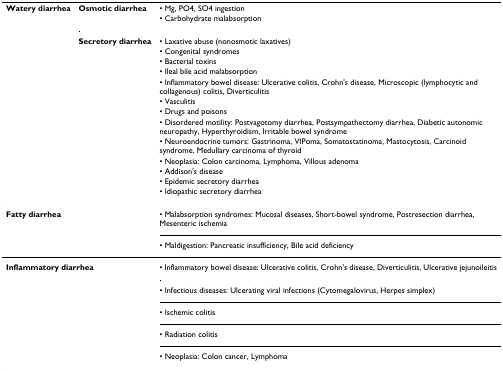
| Watery diarrhea | Osmotic diarrhea | • Mg, PO4, SO4 ingestion |
 |  |  | • Carbohydrate malabsorption |
 |  | Secretory diarrhea | • Laxative abuse (nonosmotic laxatives) |
 |  |  | • Congenital syndromes |
 |  |  | • Bacterial toxins |
 |  |  | • Ileal bile acid malabsorption |
 |  |  | • Inflammatory bowel disease: Ulcerative colitis, Crohn's disease, Microscopic (lymphocytic and collagenous) colitis, Diverticulitis |
 |  |  | • Vasculitis |
 |  |  | • Drugs and poisons |
 |  |  | • Disordered motility: Postvagotomy diarrhea, Postsympathectomy diarrhea, Diabetic autonomic neuropathy, Hyperthyroidism, Irritable bowel syndrome |
 |  |  | • Neuroendocrine tumors: Gastrinoma, VIPoma, Somatostatinoma, Mastocytosis, Carcinoid syndrome, Medullary carcinoma of thyroid |
 |  |  | • Neoplasia: Colon carcinoma, Lymphoma, Villous adenoma |
 |  |  | • Addison's disease |
 |  |  | • Epidemic secretory diarrhea |
 |  |  | • Idiopathic secretory diarrhea |
 | --- | --- | --- |
 | <COLSPAN=2> Fatty diarrhea | • Malabsorption syndromes: Mucosal diseases, Short-bowel syndrome, Postresection diarrhea, Mesenteric ischemia |
 |  |  | • Maldigestion: Pancreatic insufficiency, Bile acid deficiency |
 | <COLSPAN=2> Inflammatory diarrhea | • Inflammatory bowel disease: Ulcerative colitis, Crohn's disease, Diverticulitis, Ulcerative jejunoileitis |
 |  |  | • Infectious diseases: Ulcerating viral infections (Cytomegalovirus, Herpes simplex) |
 |  |  | • Ischemic colitis |
 |  |  | • Radiation colitis |
 |  |  | • Neoplasia: Colon cancer, Lymphoma |